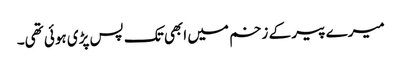
میرے پیر کے زخم میں ابھی تک پس پڑی ہوئی تھی۔